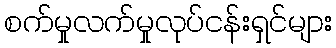
စက်မှုလက်မှုလုပ်ငန်းရှင်များ